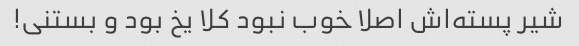
شیر پسته‌اش اصلا خوب نبود کلا یخ بود و بستنی!